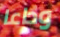
وداعا